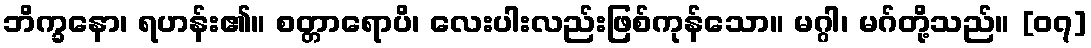
ဘိက္ခနော၊ ရဟန်း၏။ စတ္တာရောပိ၊ လေးပါးလည်းဖြစ်ကုန်သော။ မဂ္ဂါ၊ မဂ်တို့သည်။ [၀၇]